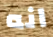
انه